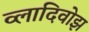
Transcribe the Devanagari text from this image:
व्लादिवोझ